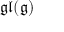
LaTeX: { \mathfrak { g l } } ( { \mathfrak { g } } )